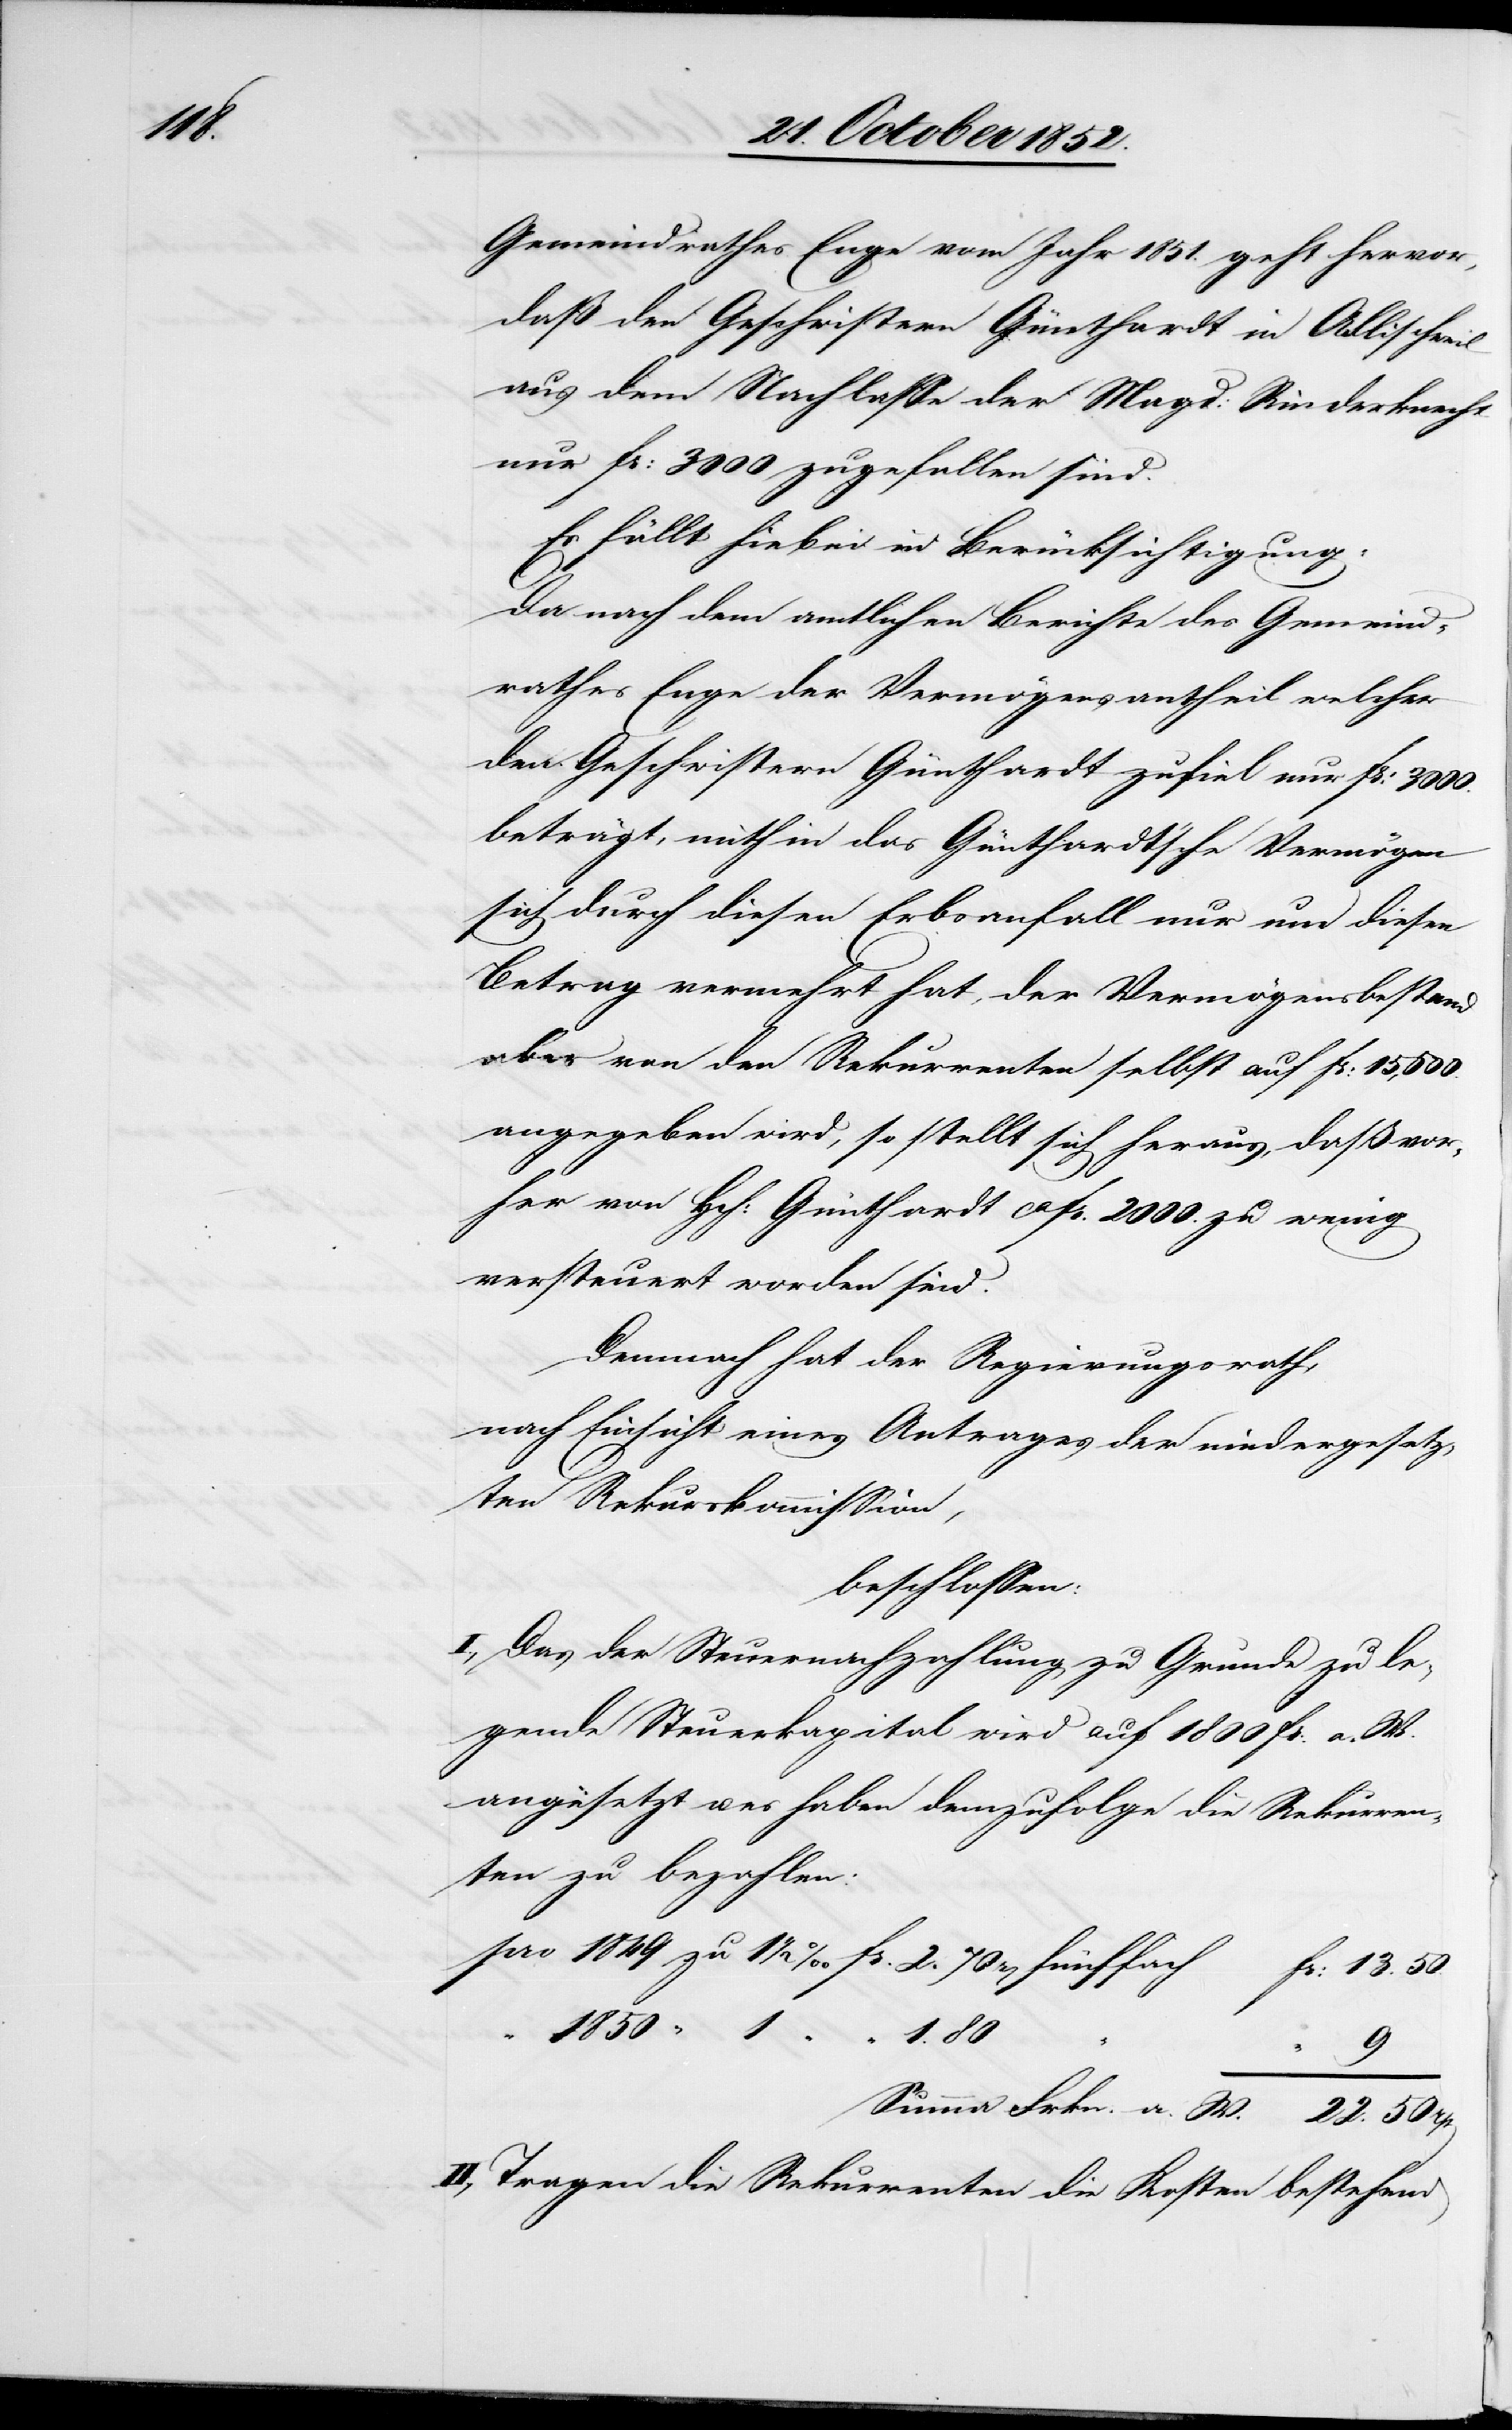
22.

Gemeindrathes Enge vom Jahr 1851. geht hervor,
daß den Geschwistern Günthardt in Adlischweil
aus dem Nachlasse der Magd: Rinderknecht
nur Fr: 3000 zugefallen sind.
Es fällt hiebei in Berücksichtigung:
Da nach dem amtlichen Berichte des Gemeind¬
rathes Enge der Vermögensantheil welcher
den Geschwistern Günthardt zufiel nur Fr: 3000.
beträgt, mithin das Günthardt’sche Vermögen
Frkn.
sich durch diesen Erbsanfall nur um diesen
Betrag vermehrt hat, der Vermögensbestand
aber von den Rekurrenten selbst auf Fr: 15,500.
angegeben wird, so stellt sich heraus, daß vor¬
her von Hch: Günthardt ca Fr. 2000. zu wenig
versteuert worden sind.
Demnach hat der Regierungsrath,
nach Einsicht eines Antrages der niedergesetz¬
ten Rekurskommission,
beschlossen:
I., Das der Steuernachzahlung zu Grunde zu le¬
gende Steuerkapital wird auf 1800 Fr. a. W.
angesetzt u. es haben demzufolge die Rekurren¬
ten zu bezahlen:
II., Tragen die Rekurrenten die Kosten bestehend